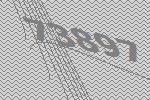
73897